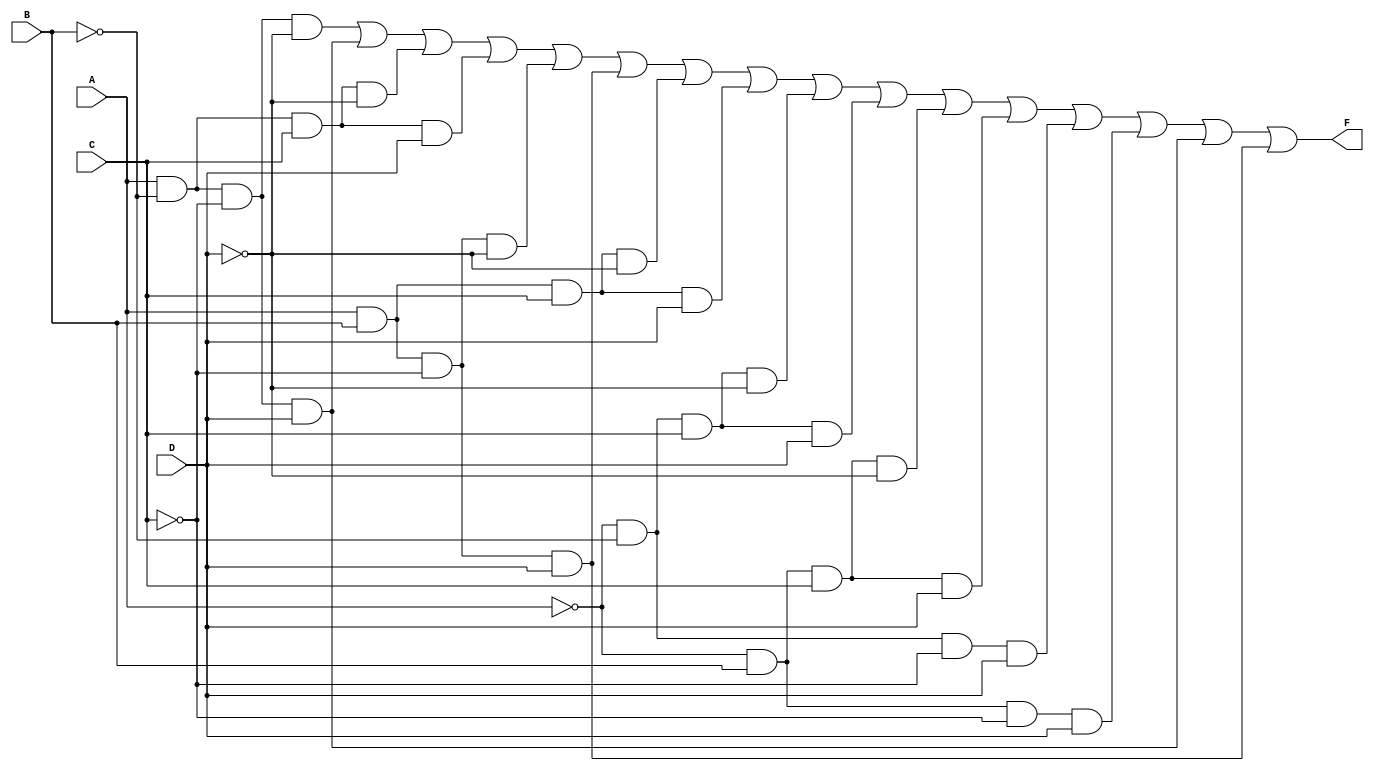
module four_variable_kmap (
    input wire A, // Input variable A
    input wire B, // Input variable B
    input wire C, // Input variable C
    input wire D, // Input variable D
    output wire F // Output function F
);

// K-map implementation
// The K-map is filled based on the desired Boolean function.
// The following example assumes a specific function for demonstration purposes.
// You can modify the output logic according to your K-map simplifications.

assign F = (A & ~B & ~C & ~D) | // Cell (00, 00)
           (A & ~B & ~C & D)  | // Cell (00, 01)
           (A & ~B & C & ~D)  | // Cell (00, 10)
           (A & ~B & C & D)   | // Cell (00, 11)
           (A & B & ~C & ~D)  | // Cell (01, 00)
           (A & B & ~C & D)   | // Cell (01, 01)
           (A & B & C & ~D)   | // Cell (01, 10)
           (A & B & C & D)    | // Cell (01, 11)
           (~A & ~B & C & ~D) | // Cell (10, 00)
           (~A & ~B & C & D)  | // Cell (10, 01)
           (~A & B & C & ~D)  | // Cell (10, 10)
           (~A & B & C & D)   | // Cell (10, 11)
           (~A & ~B & ~C & D) | // Cell (11, 00)
           (~A & B & ~C & D)  | // Cell (11, 01)
           (A & ~B & ~C & D)  | // Cell (11, 10)
           (A & B & ~C & D);   // Cell (11, 11)

endmodule